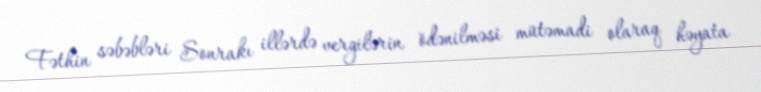
Fəthin səbəbləri Sonrakı illərdə vergilərin ödənilməsi mütəmadi olaraq həyata